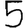
Digit: 5